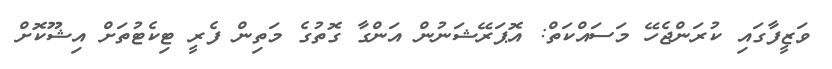
ވަޒީފާގައި ކުރަންޖެހޭ މަސައްކަތް: އޮޕަރޭޝަނުން އަންގާ ގޮތުގެ މަތިން ފެރީ ޓިކެޓުތަށް އިޝޫކޮށް